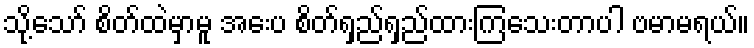
သို့သော် စိတ်ထဲမှာမူ အေးပ စိတ်ရှည်ရှည်ထားကြသေးတာပါ ဗမာမရယ်။